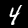
Digit: 4